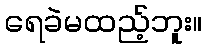
ရေခဲမထည့်ဘူး။